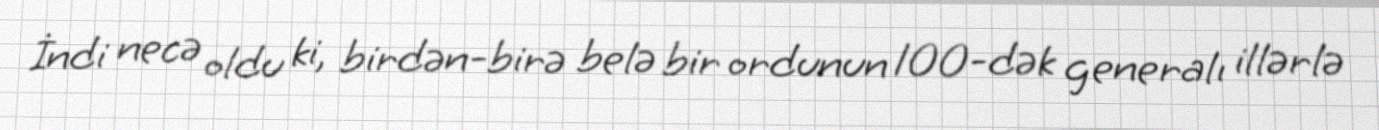
İndi necə oldu ki, birdən-birə belə bir ordunun 100-dək generalı illərlə